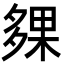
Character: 㚌